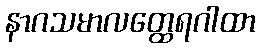
နာဂသမာလတ္ထေရဂါထာ